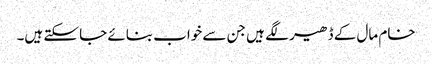
خام مال کے ڈھیر لگے ہیں جن سے خواب بنائے جا سکتے ہیں۔